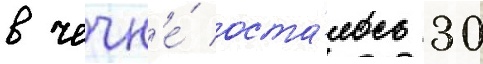
в чечн'е́ оста́лось 30